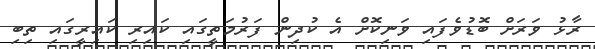
ރާޅު ވަރަށް ބޮޑުވެފައި ވަނިކޮށް އެ ކުދިން ފަރުމަތީގައި ކައިރި ކައިރީގައި ތިބި